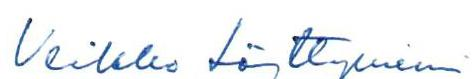
Veikko Löyttyniemi